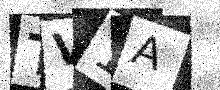
Text: TV1A